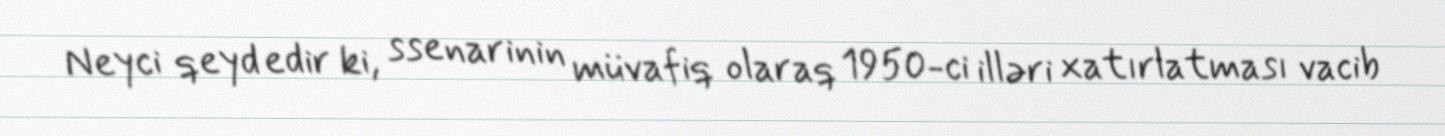
Neyci qeyd edir ki, ssenarinin müvafiq olaraq 1950-ci illəri xatırlatması vacib